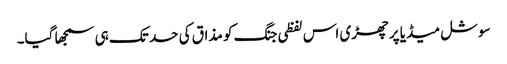
سوشل میڈیا پر چھڑی اس لفظی جنگ کو مذاق کی حد تک ہی سمجھا گیا۔